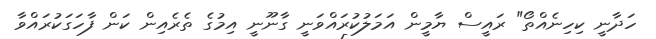
ހަދާނީ ކިހިނެއްތޯ" ރައީސް ޔާމީން އަމަލުކުރައްވަނީ ގާނޫނީ އިމުގެ ތެރެއިން ކަން ފާހަގަކުރައްވާ